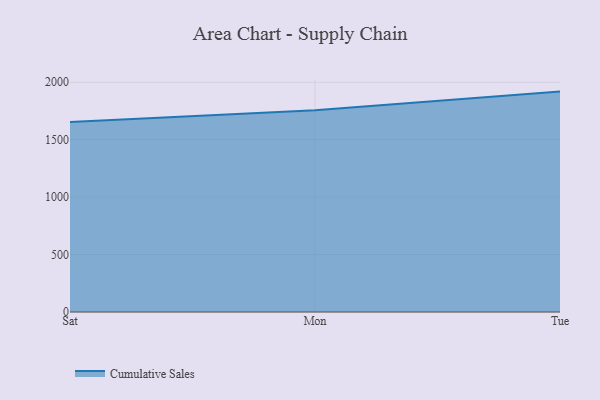
{"axis": {"x": "Day", "y": "Humidity (%)"}, "legend": ["Cumulative Sales"], "data": [{"x": "Sat", "y": 1653.4, "type": "Cumulative Sales"}, {"x": "Mon", "y": 1755.6, "type": "Cumulative Sales"}, {"x": "Tue", "y": 1918.8, "type": "Cumulative Sales"}]}